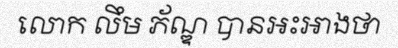
លោក លឹម ភ័ណ្ឌ បានអះអាងថា